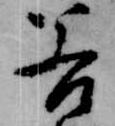
若